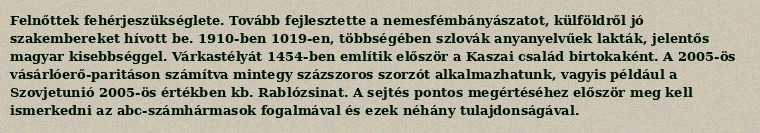
Felnőttek fehérjeszükséglete. Tovább fejlesztette a nemesfémbányászatot, külföldről jó szakembereket hívott be. 1910-ben 1019-en, többségében szlovák anyanyelvűek lakták, jelentős magyar kisebbséggel. Várkastélyát 1454-ben említik először a Kaszai család birtokaként. A 2005-ös vásárlóerő-paritáson számítva mintegy százszoros szorzót alkalmazhatunk, vagyis például a Szovjetunió 2005-ös értékben kb. Rablózsinat. A sejtés pontos megértéséhez először meg kell ismerkedni az abc-számhármasok fogalmával és ezek néhány tulajdonságával.